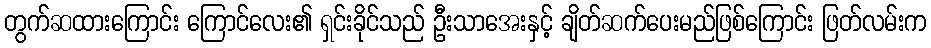
တွက်ဆထားကြောင်း ကြောင်လေး၏ ရှင်းခိုင်သည် ဦးသာအေးနှင့် ချိတ်ဆက်ပေးမည်ဖြစ်ကြောင်း ဖြတ်လမ်းက